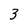
Character: 3